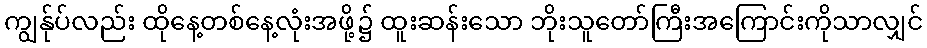
ကျွန်ုပ်လည်း ထိုနေ့တစ်နေ့လုံးအဖို့၌ ထူးဆန်းသော ဘိုးသူတော်ကြီးအကြောင်းကိုသာလျှင်